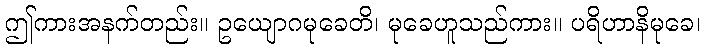
ဤကားအနက်တည်း။ ဥယျောဂမုခေတိ၊ မုခေဟူသည်ကား။ ပရိဟာနိမုခေ၊